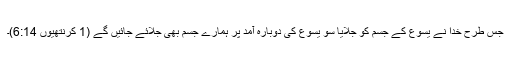
جس طرح خدا نے یسوع کے جسم کو جلایا سو یسوع کی دوبارہ آمد پر ہمارے جسم بھی جلائے جائیں گے (1 کرنتھیوں 6:14)۔